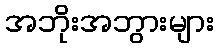
အဘိုးအဘွားများ